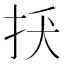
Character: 𢪺